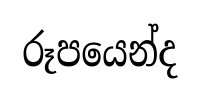
රූපයෙන්ද